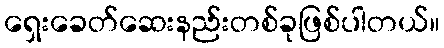
ရှေးခေတ်ဆေးနည်းတစ်ခုဖြစ်ပါတယ်။